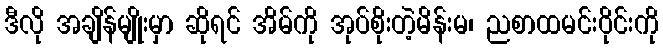
ဒီလို အချိန်မျိုးမှာ ဆိုရင် အိမ်ကို အုပ်စိုးတဲ့မိန်းမ၊ ညစာထမင်းဝိုင်းကို